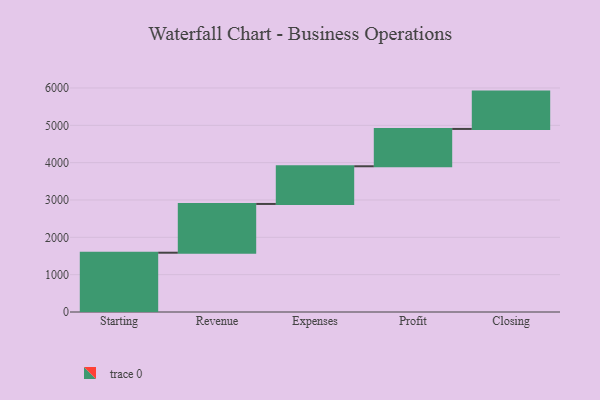
{"axis": {"x": "Step", "y": "Value"}, "legend": [""], "data": [{"x": "Starting", "y": 1588.0, "type": ""}, {"x": "Revenue", "y": 1306.0, "type": ""}, {"x": "Expenses", "y": 1009.0, "type": ""}, {"x": "Profit", "y": 1000, "type": ""}, {"x": "Closing", "y": 1000, "type": ""}]}